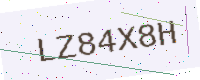
Text: LZ84X8H